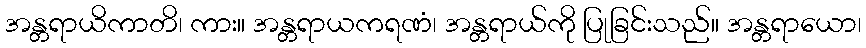
အန္တရာယိကာတိ၊ ကား။ အန္တရာယကရဏံ၊ အန္တရာယ်ကို ပြုခြင်းသည်။ အန္တရာယော၊